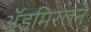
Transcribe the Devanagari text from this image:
ॲडमिरलने